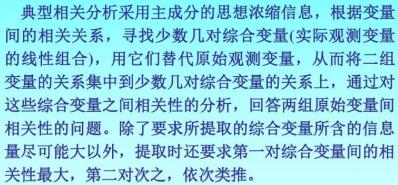
典型相关分析采用主成分的思想浓缩信息，根据变量间的相关关系，寻找少数几对综合变量(实际观测变量的线性组合)，用它们替代原始观测变量，从而将二组变量的关系集中到少数几对综合变量的关系上，通过对这些综合变量之间相关性的分析，回答两组原始变量间相关性的问题。除了要求所提取的综合变量所含的信息量尽可能大以外，提取时还要求第一对综合变量间的相关性最大，第二对次之，依次类推。